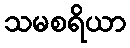
သမစရိယာ